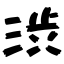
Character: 渋